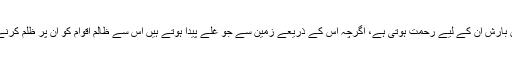
اسی وجہ سے لوگوں کی عقل میں یہ بات بیٹھ گئی ہے کہ جب بارش نہ ہو رہی ہو تو ان دنوں میں بارش ان کے لیے رحمت ہوتی ہے، اگرچہ اس کے ذریعے زمین سے جو غلّے پیدا ہوتے ہیں اس سے ظالم اقوام کو ان پر ظلم کرنے کے لیے مزید قوت مل جاتی ہے، مگر بارش نہ ہو تو یہ ان کے لیے زیادہ نقصان کی بات ہے۔